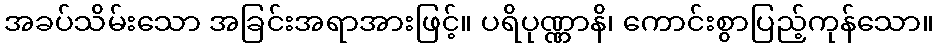
အခပ်သိမ်းသော အခြင်းအရာအားဖြင့်။ ပရိပုဏ္ဏာနိ၊ ကောင်းစွာပြည့်ကုန်သော။